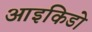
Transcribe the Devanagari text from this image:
आइकिडो